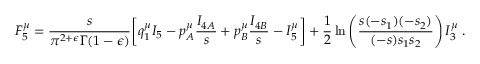
{ \cal F } _ { 5 } ^ { \mu } = \frac { s } { \pi ^ { 2 + \epsilon } \Gamma ( 1 - \epsilon ) } \biggl [ q _ { 1 } ^ { \mu } I _ { 5 } - p _ { A } ^ { \mu } \frac { I _ { 4 A } } { s } + p _ { B } ^ { \mu } \frac { I _ { 4 B } } { s } - I _ { 5 } ^ { \mu } \biggr ] + \frac { 1 } { 2 } \ln \left( \frac { s ( - s _ { 1 } ) ( - s _ { 2 } ) } { ( - s ) s _ { 1 } s _ { 2 } } \right) { \cal I } _ { 3 } ^ { \mu } \; .